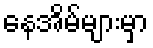
နေအိမ်များမှာ